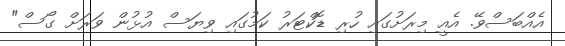
އެއްބަސްވޭ. އެއީ މިރަށުގައި ހުރި ޑޮކްޓަރު ކަމުގައި ވިޔަސް އުޅުން ވަރަށް ގޯސް"